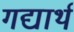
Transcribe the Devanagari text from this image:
गद्यार्थ